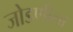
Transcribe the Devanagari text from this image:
जोडणीला